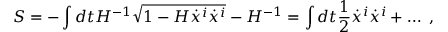
S = - \int d t H ^ { - 1 } \sqrt { 1 - H \dot { x } ^ { i } \dot { x } ^ { i } } - H ^ { - 1 } = \int d t { \frac { 1 } { 2 } } \dot { x } ^ { i } \dot { x } ^ { i } + \ldots \ ,